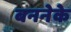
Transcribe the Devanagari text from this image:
बननेके